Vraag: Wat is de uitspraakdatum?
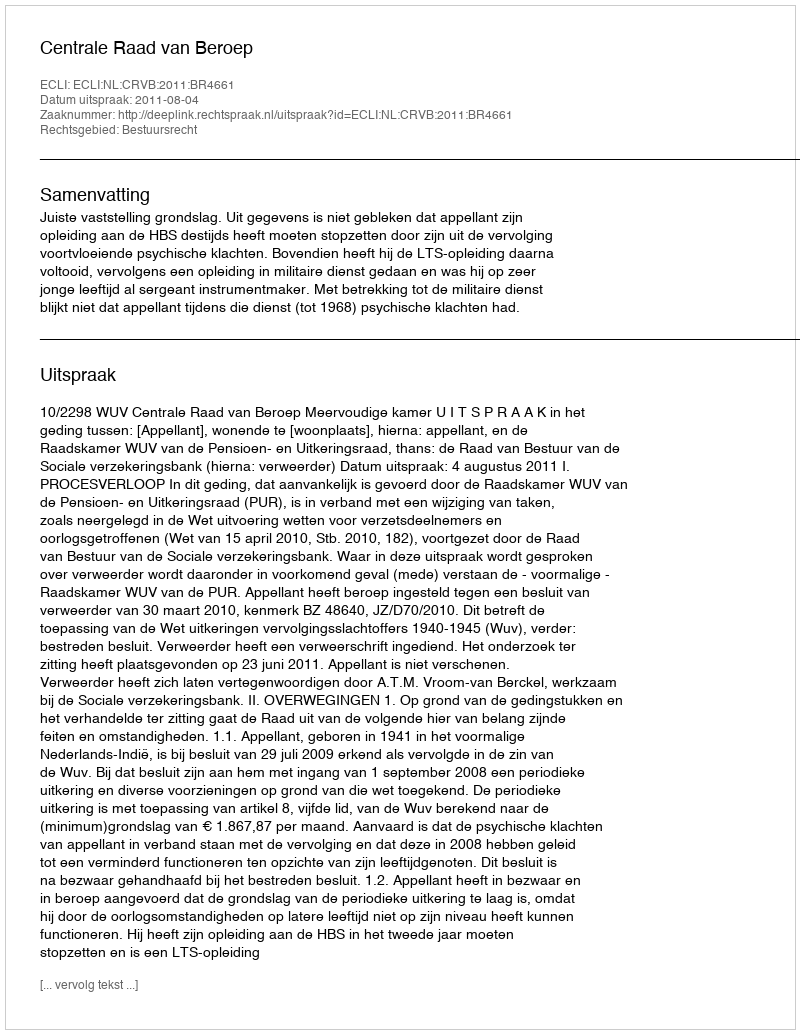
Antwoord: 2011-08-04